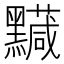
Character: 𪒯